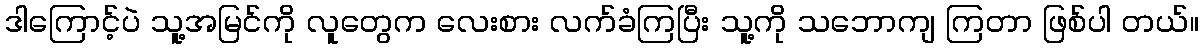
ဒါကြောင့်ပဲ သူ့အမြင်ကို လူတွေက လေးစား လက်ခံကြပြီး သူ့ကို သဘောကျ ကြတာ ဖြစ်ပါ တယ်။